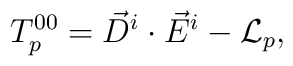
T^{00}_p = \vec D^i \cdot \vec E^i - {\cal L}_p,